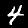
Label: 4